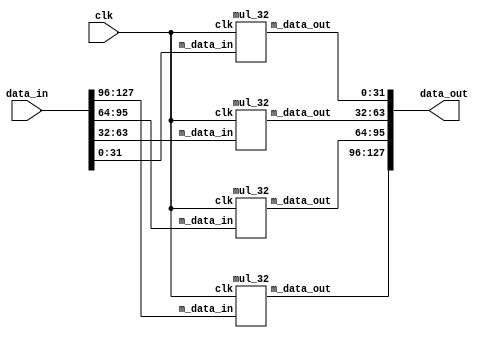
`timescale 1ns / 1ps
//////////////////////////////////////////////////////////////////////////////////
// Company: 
// 
// Design Name: 
// Module Name:    mixcolumn 
// Project Name: 
// Target Devices: 
// Tool versions: 
// Description: 
//
// Dependencies: 
//
// Revision: 
// Revision 0.01 - File Created
// Additional Comments: 
//
//////////////////////////////////////////////////////////////////////////////////
module mixcolumn(clk,data_in,data_out);
input clk;
input [127:0] data_in;
output  [127:0] data_out;

wire  [31:0] n1,n2,n3,n4;
wire  [31:0] n_tmp_out1, n_tmp_out2, n_tmp_out3, n_tmp_out4;




assign n1 = data_in[127:96];
assign n2=data_in[95:64];
assign n3=data_in[63:32];
assign n4=data_in[31:0];

mul_32 m1 (clk,n1,n_tmp_out1);
mul_32 m2 (clk,n2,n_tmp_out2);
mul_32 m3 (clk,n3,n_tmp_out3);
mul_32 m4 (clk,n4,n_tmp_out4);

assign data_out={n_tmp_out1,n_tmp_out2,n_tmp_out3,n_tmp_out4};

endmodule

module mul_2(clk,data_in,data_out);
input[7:0] data_in;
input clk;
output reg [7:0]data_out;
 
always@(posedge clk)
data_out<={data_in[6:0],1'b0} ^ (8'h1b & {8{data_in[7]}});

endmodule


module mul_3(clk,data_in,data_out);
input clk;
input [7:0]data_in;
output  [7:0] data_out;
wire [7:0]tmp_out;

mul_2  m1(clk,data_in,tmp_out);
assign  data_out=tmp_out^data_in;
endmodule



module mul_32(clk,m_data_in,m_data_out);
input clk;
input [31:0]m_data_in;
output [31:0] m_data_out;

wire [7:0] tmp1,tmp2,tmp3,tmp4;
wire [7:0] ma0,ma1,ma2,ma3;
wire [7:0] m2_tmp_out1,m2_tmp_out2,m2_tmp_out3,m2_tmp_out4;
wire [7:0] m3_tmp_out1,m3_tmp_out2,m3_tmp_out3,m3_tmp_out4;



assign tmp1=m_data_in[31:24];
assign tmp2=m_data_in[23:16];
assign tmp3=m_data_in[15:8];
assign tmp4=m_data_in[7:0];

mul_2 m1 (clk,tmp1,m2_tmp_out1);
mul_2 m2 (clk,tmp2,m2_tmp_out2);
mul_2 m3 (clk,tmp3,m2_tmp_out3);
mul_2 m4 (clk,tmp4,m2_tmp_out4);

mul_3 m5( clk,tmp1,m3_tmp_out1);
mul_3 m6( clk,tmp2,m3_tmp_out2);
mul_3 m7( clk,tmp3,m3_tmp_out3);
mul_3 m8( clk,tmp4,m3_tmp_out4);

assign ma0 = m2_tmp_out1 ^m3_tmp_out2^tmp3^tmp4;
assign ma1 = tmp1 ^m2_tmp_out2 ^m3_tmp_out3 ^ tmp4;
assign ma2 = tmp1^tmp2 ^ m2_tmp_out3 ^m3_tmp_out4;
assign ma3 = m3_tmp_out1 ^tmp2^tmp3^m2_tmp_out4;

assign m_data_out = {ma0,ma1,ma2,ma3};
endmodule